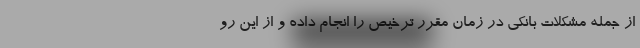
از جمله مشکلات بانکی در زمان مقرر ترخیص را انجام داده و از این رو